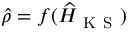
\widehat \rho = f ( \widehat { H } _ { \mathrm { ~ K ~ S ~ } } )